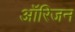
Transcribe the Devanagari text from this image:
आॅरिजन